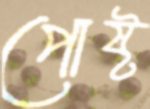
পোষ্ট